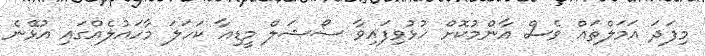
މިފަދަ އަމަލްތައް ވެސް އާންމުކޮށް ހުޅުވިފައިވާ ސޯޝަލް މީޑިއާ ކަހަލަ މާހައުލެއްގައި އުޅޭނެ